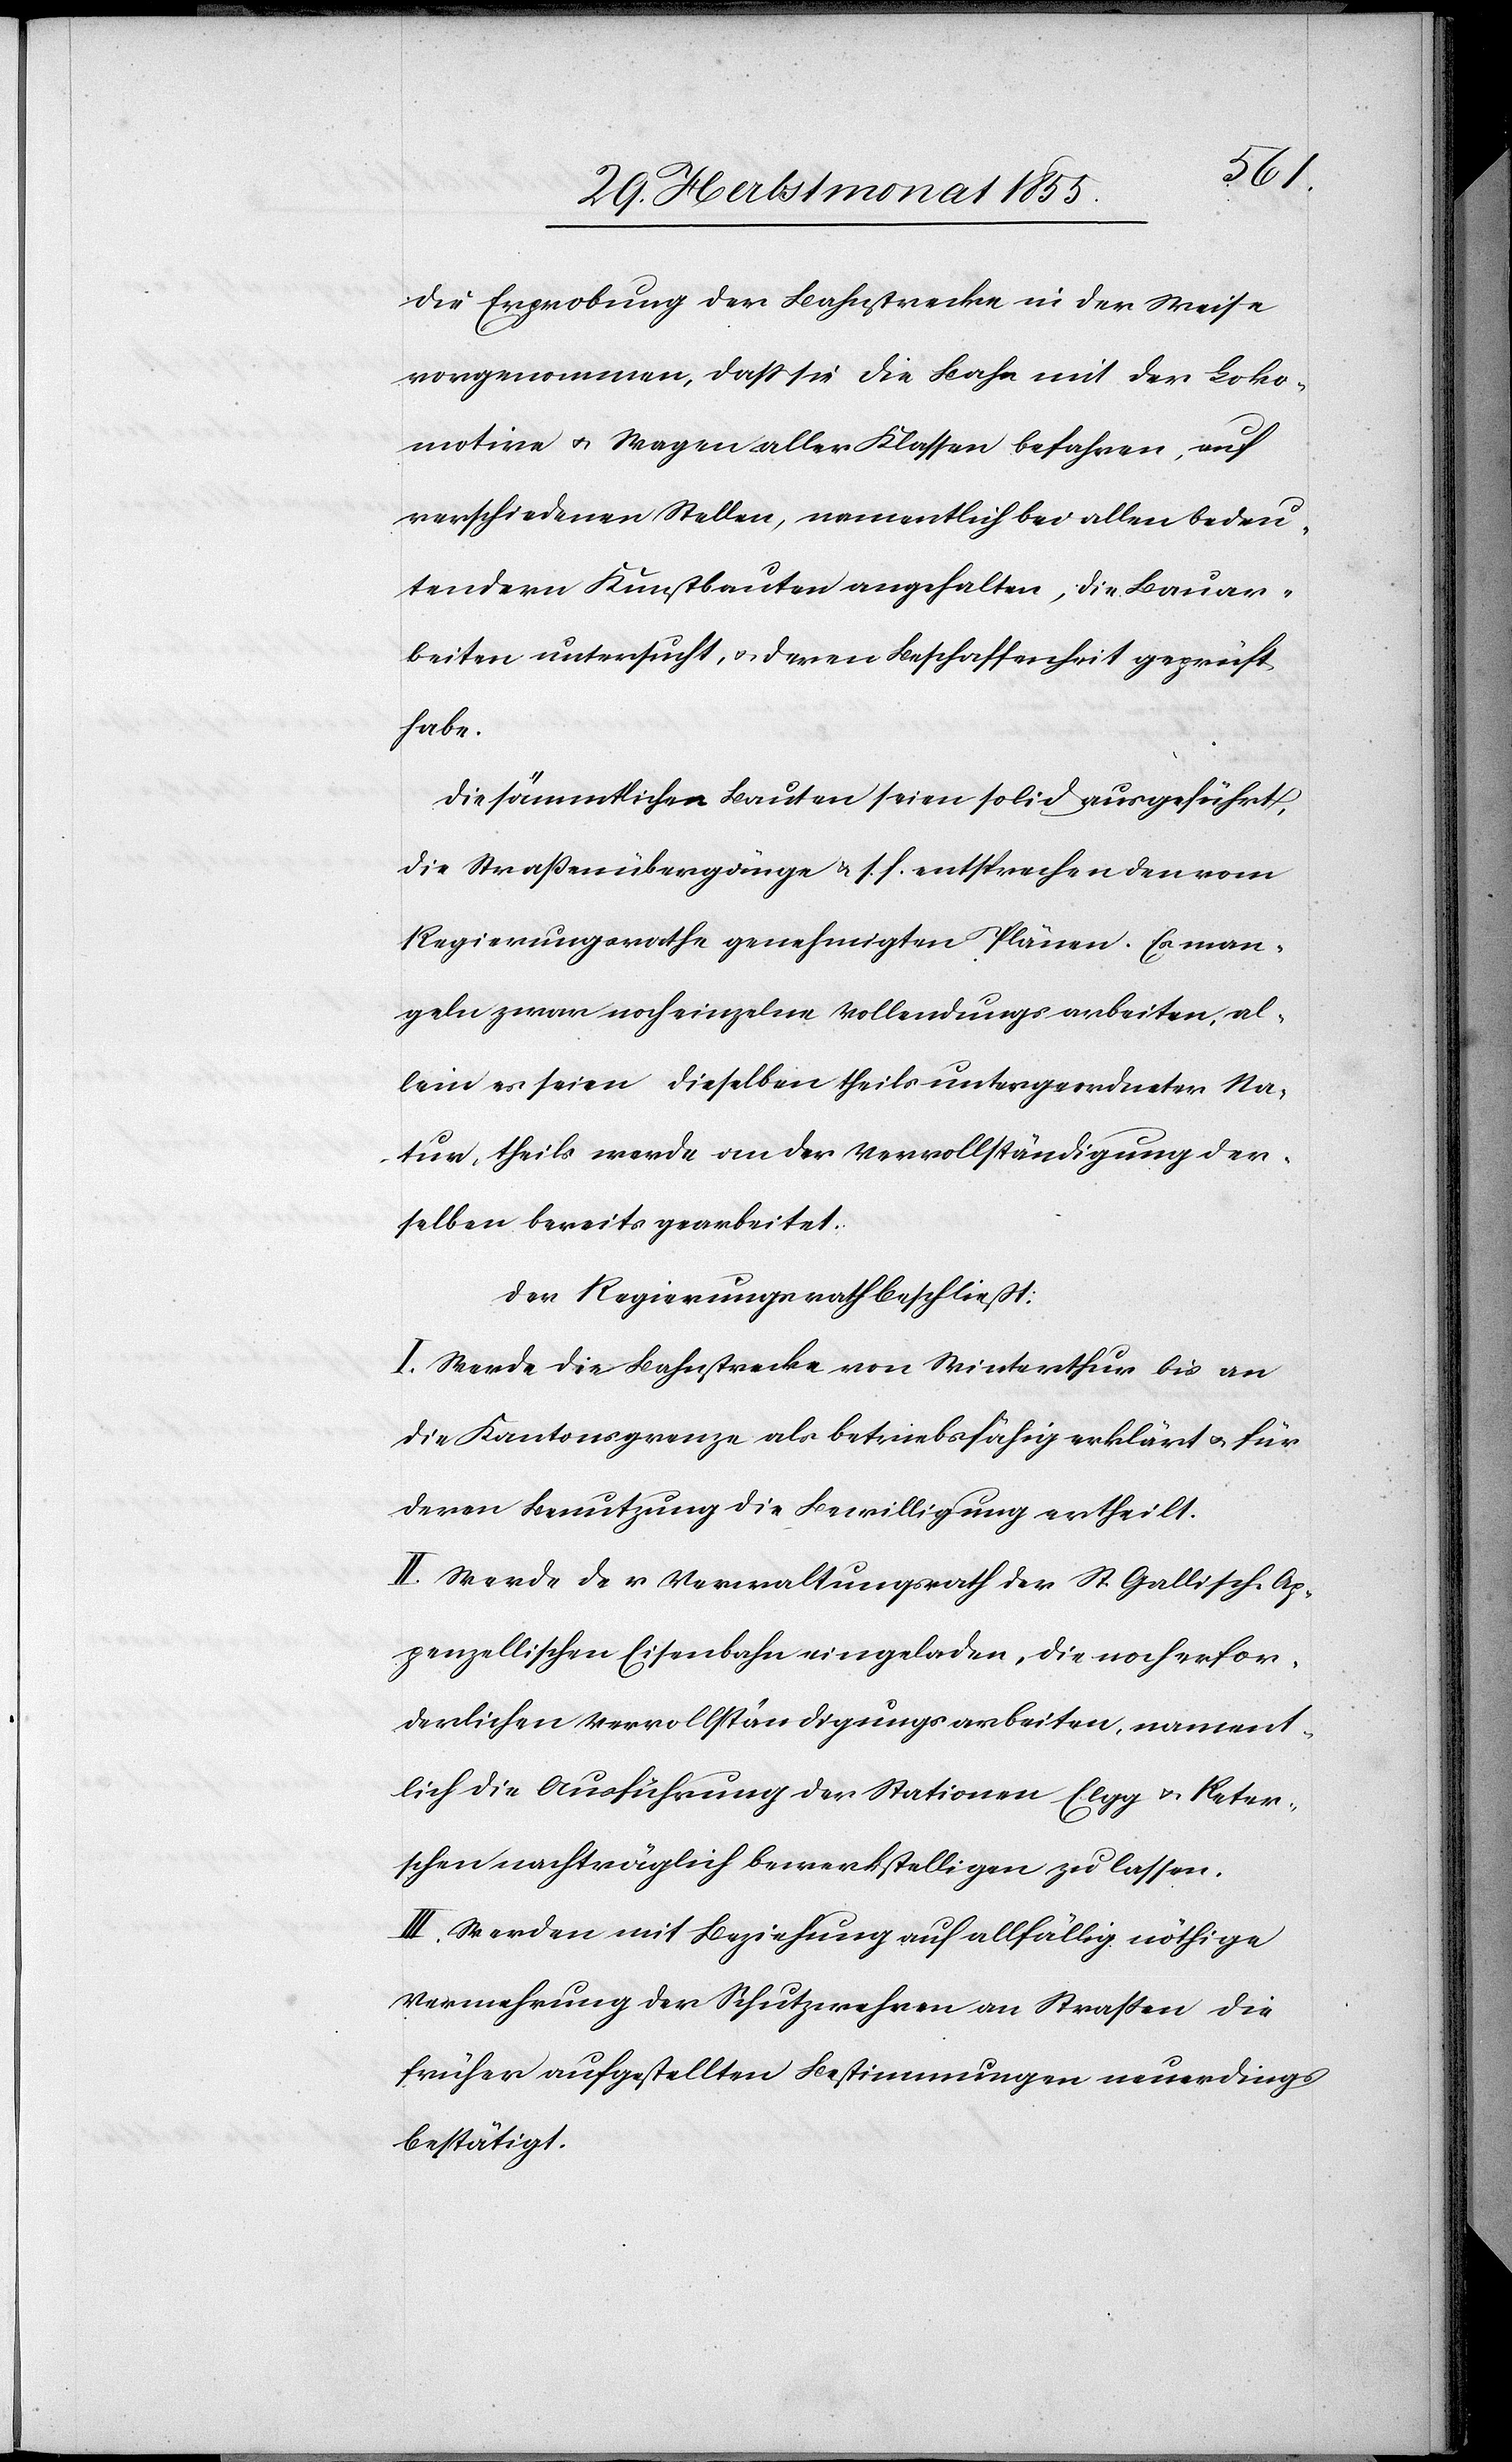
die Erprobung der Bahnstrecke in der Weise
vorgenommen, dass sie die Bahn mit der Loko¬
motive & Wagen aller Klassen befahren, auf
verschiedenen Stellen, namentlich bei allen bedeu¬
tendern Kunstbauten angehalten, die Bauar¬
beiten untersucht, & deren Beschaffenheit geprüft
habe.
Die sämmtlichen Bauten seien solid ausgeführt,
die Straßenübergänge & s. f. entsprechen den vom
Regierungsrathe genehmigten Plänen. Es man¬
geln zwar noch einzelne Vollendungsarbeiten, al¬
lein es seien dieselben theils untergeordneter Na¬
tur, theils werde an der Vervollständigung der¬
selben bereits gearbeitet.
Der Regierungsrath beschließt:
I. Werde die Bahnstrecke von Winterthur bis an
die Kantonsgrenze als betriebsfähig erklärt & für
deren Benutzung die Bewilligung ertheilt.
II. Werde der Verwaltungsrath der St. Gallisch-Ap¬
penzellischen Eisenbahn eingeladen, die noch erfor¬
derlichen Vervollständigungsarbeiten, nament¬
lich die Ausführung der Stationen Elgg & Reter¬
schen nachträglich bewerkstelligen zu lassen.
III. Werden mit Beziehung auf allfällig nöthige
Vermehrung der Schutzwehren an Straßen die
früher aufgestellten Bestimmungen neuerdings
bestätigt.